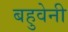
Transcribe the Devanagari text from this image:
बहुवेनी